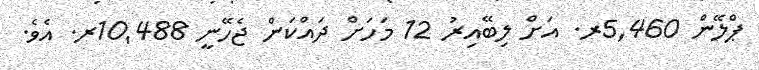
ޕްލޭން 5